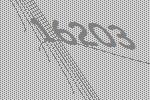
16203